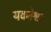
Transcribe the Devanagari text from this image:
यवनेश्वर